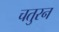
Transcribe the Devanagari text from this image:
चतुरन